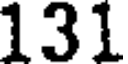
131